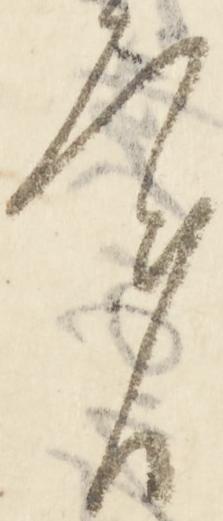
実